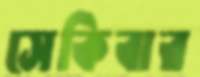
সেকিবার